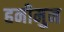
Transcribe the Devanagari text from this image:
हनीमुन